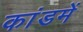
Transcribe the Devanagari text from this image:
कांडमें